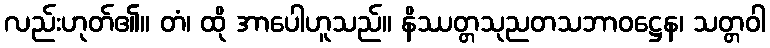
လည်းဟုတ်၏။ တံ၊ ထို အာပေါဟူသည်။ နိဿတ္တသုညတသဘာဝဋ္ဌေန၊ သတ္တဝါ